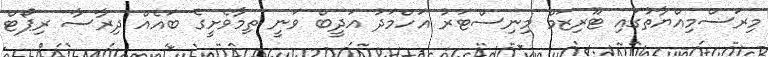
މިރަސްމިއްޔާތުގައި ޓޫރިޒަމް މިނިސްޓަރު އަހްމަދު އަދީބް ވަނީ ތިމާވެށީގެ ބައެއް ދިރާސާ ރިޕޯޓް